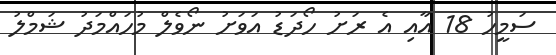
ސަމީހު 18 އާއި އެ ރަށު ހޯދަޑު އަވަށު ނޯވެލް މުހައްމަދު ޝަމްލު